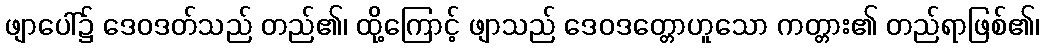
ဖျာပေါ်၌ ဒေဝဒတ်သည် တည်၏၊ ထို့ကြောင့် ဖျာသည် ဒေဝဒတ္တောဟူသော ကတ္တား၏ တည်ရာဖြစ်၏၊